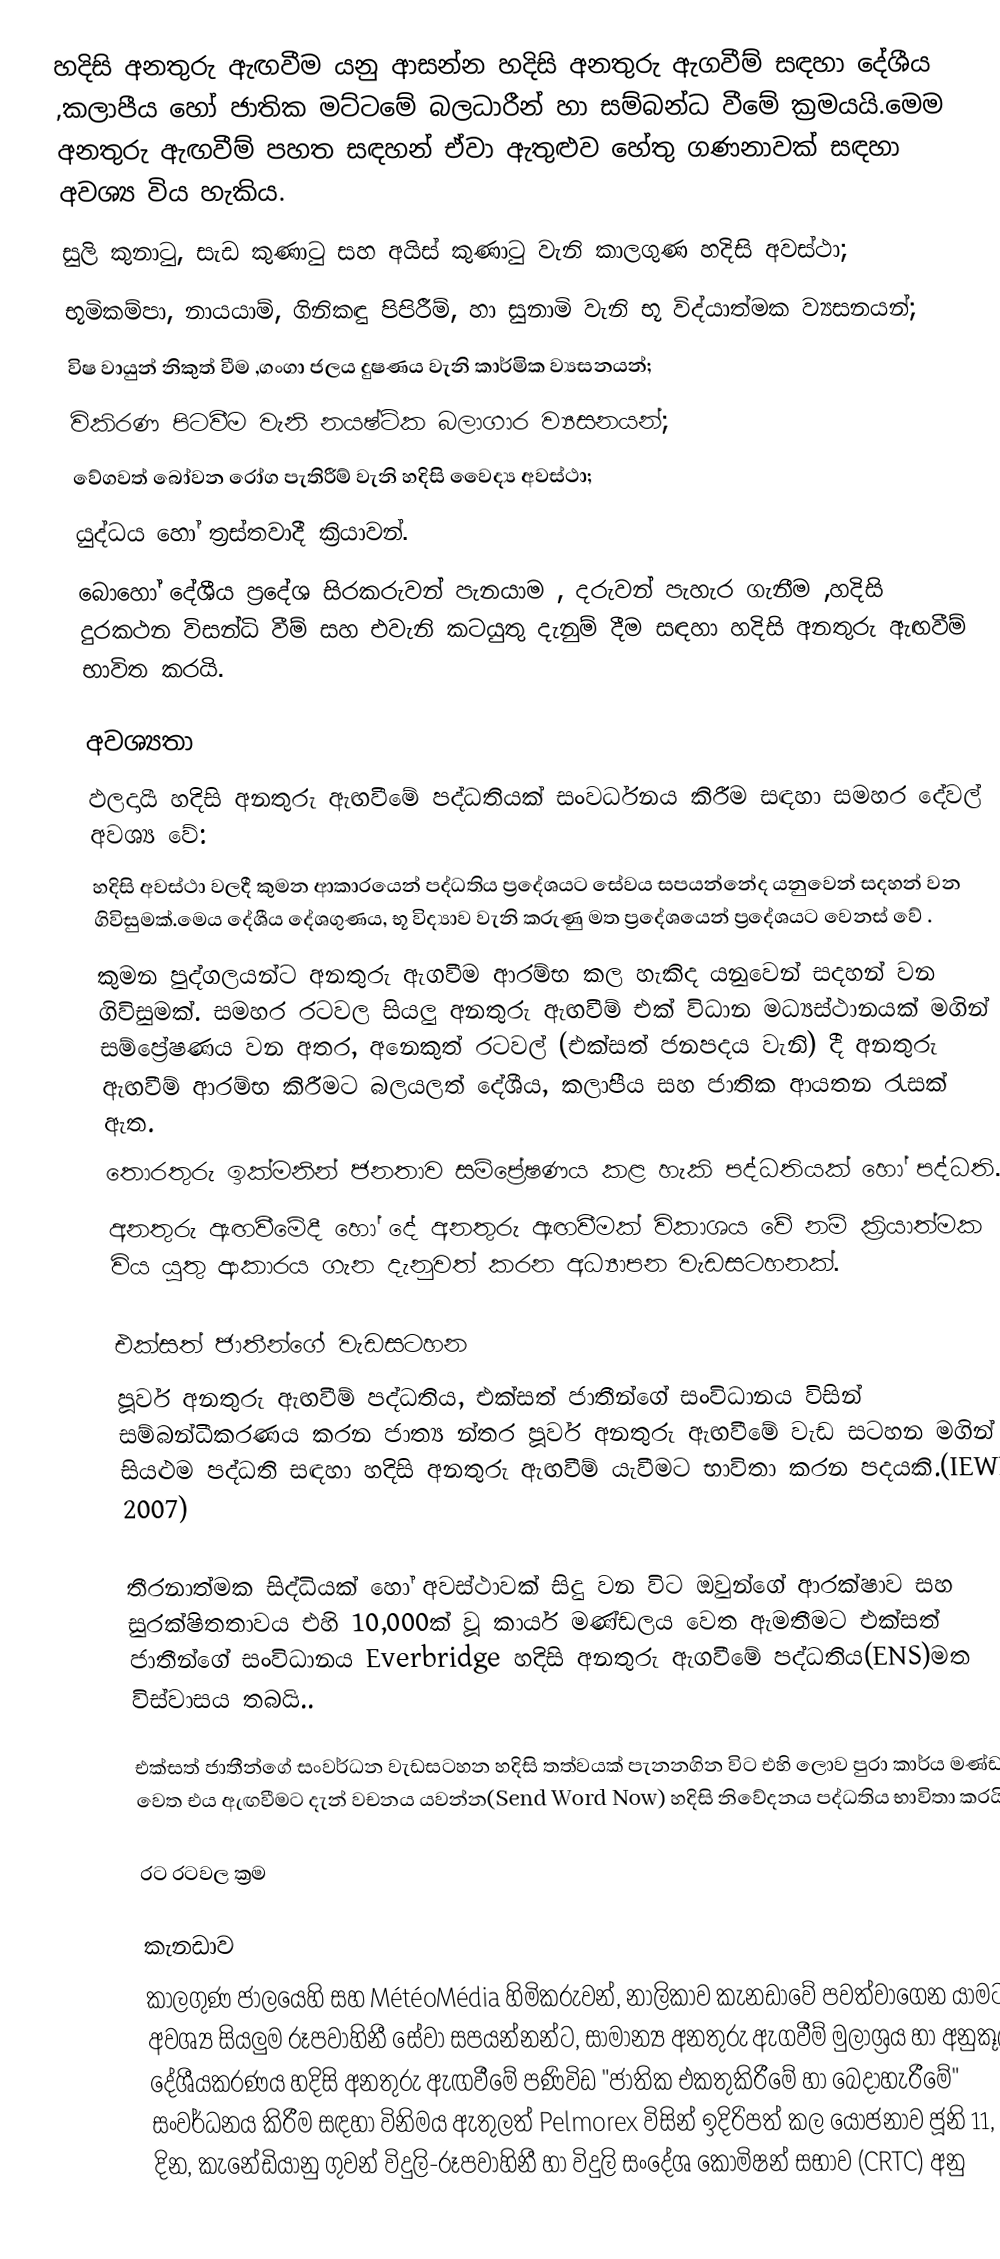
හදිසි අනතුරු ඇඟවීම යනු ආසන්න හදිසි අනතුරු ඇගවීම් සඳහා දේශීය ,කලාපීය හෝ ජාතික මට්ටමේ බලධාරීන් හා සම්බන්ධ වීමේ ක්‍රමයයි.මෙම අනතුරු ඇඟවීම් පහත සඳහන් ඒවා ඇතුළුව හේතු ගණනාවක් සඳහා අවශ්‍ය විය හැකිය.
 සුලි කුනාටු, සැඩ කුණාටු සහ අයිස් කුණාටු වැනි  කාලගුණ හදිසි අවස්ථා;
 භූමිකම්පා, නායයාම්, ගිනිකඳු පිපිරීම්, හා සුනාමි වැනි භූ විද්යාත්මක ව්‍යසනයන්;
 විෂ වායුන් නිකුත් වීම ,ගංගා ජලය දුෂණය වැනි කාර්මික ව්‍යසනයන්;
 විකිරණ පිටවීම වැනි නයෂ්ටික බලාගාර ව්‍යසනයන්;
 වේගවත් බෝවන රෝග පැතිරීම් වැනි හදිසි වෛද්‍ය අවස්ථා;
 යුද්ධය හෝ ත්‍රස්තවාදී ක්‍රියාවන්.
බොහෝ දේශීය ප්‍රදේශ සිරකරුවන් පැනයාම , දරුවන් පැහැර ගැනීම ,හදිසි දුරකථන විසන්ධි වීම් සහ එවැනි කටයුතු  දැනුම් දීම සඳහා  හදිසි අනතුරු ඇඟවීම් භාවිත කරයි.

අවශ්‍යතා
ඵලදායී හදිසි අනතුරු ඇඟවීමේ පද්ධතියක් සංවර්ධනය කිරීම සඳහා සමහර දේවල් අවශ්‍ය වේ:
 හදිසි අවස්ථා වලදී කුමන ආකාරයෙන් පද්ධතිය ප්‍රදේශයට සේවය සපයන්නේද යනුවෙන් සදහන් වන ගිවිසුමක්.මෙය දේශීය දේශගුණය, භූ විද්‍යාව වැනි කරුණු මත ප්‍රදේශයෙන් ප්‍රදේශයට වෙනස් වේ .
 කුමන පුද්ගලයන්ට අනතුරු ඇගවීම ආරම්භ කල හැකිද යනුවෙන් සදහන් වන ගිවිසුමක්. සමහර රටවල සියලු අනතුරු ඇඟවීම් එක් විධාන මධ්‍යස්ථානයක් මගින් සම්ප්‍රේෂණය වන අතර, අනෙකුත් රටවල් (එක්සත් ජනපදය වැනි) දී අනතුරු ඇඟවීම් ආරම්භ කිරීමට බලයලත් දේශීය, කලාපීය සහ ජාතික ආයතන රැසක් ඇත.
 තොරතුරු ඉක්මනින් ජනතාව සම්ප්‍රේෂණය කළ හැකි පද්ධතියක් හෝ පද්ධති.
 අනතුරු ඇඟවීමේදී හෝ දේ අනතුරු ඇඟවීමක් විකාශය වේ නම් ක්‍රියාත්මක විය යුතු ආකාරය ගැන දැනුවත් කරන අධ්‍යාපන වැඩසටහනක්.

එක්සත් ජාතීන්ගේ වැඩසටහන
පූර්ව අනතුරු ඇඟවීම් පද්ධතිය, එක්සත් ජාතීන්ගේ සංවිධානය විසින් සම්බන්ධීකරණය කරන ජාත්‍ය න්තර පූර්ව අනතුරු ඇඟවීමේ වැඩ සටහන මගින් සියළුම පද්ධති සඳහා හදිසි අනතුරු ඇඟවීම් යැවීමට භාවිතා කරන පදයකි.(IEWP 2007)

තීරනාත්මක සිද්ධියක් හෝ අවස්ථාවක් සිදු වන විට ඔවුන්ගේ ආරක්ෂාව සහ සුරක්ෂිතතාවය  එහි 10,000ක් වූ කාර්ය මණ්ඩලය වෙත ඇමතීමට එක්සත් ජාතීන්ගේ සංවිධානය  Everbridge හදිසි අනතුරු ඇගවීමේ පද්ධතිය(ENS)මත විස්වාසය තබයි..

එක්සත් ජාතීන්ගේ සංවර්ධන වැඩසටහන හදිසි තත්වයක් පැනනගින විට එහි ලොව පුරා කාර්ය මණ්ඩලය වෙත එය ඇඟවීමට දැන් වචනය යවන්න(Send Word Now) හදිසි නිවේදනය පද්ධතිය භාවිතා කරයි..

රට රටවල ක්‍රම

කැනඩාව
කාලගුණ ජාලයෙහි  සහ MétéoMédia හිමිකරුවන්, නාලිකාව කැනඩාවේ පවත්වාගෙන යාමට අවශ්‍ය  සියලුම රූපවාහිනී සේවා සපයන්නන්ට, සාමාන්‍ය අනතුරු ඇගවීම් මුලාශ්‍රය  හා අනුකූල දේශීයකරණය හදිසි අනතුරු ඇඟවීමේ පණිවිඩ "ජාතික එකතුකිරීමේ හා බෙදාහැරීමේ" සංවර්ධනය කිරීම සඳහා විනිමය ඇතුලත් Pelmorex විසින් ඉදිරිපත් කල යෝජනාව ජූනි 11, 2009 දින, කැනේඩියානු ගුවන් විදුලි-රූපවාහිනී හා විදුලි සංදේශ කොමිෂන් සභාව (CRTC) අනු